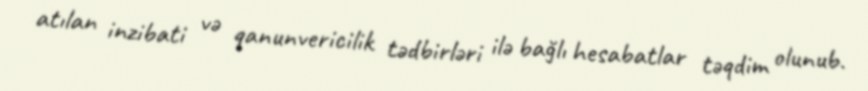
atılan inzibati və qanunvericilik tədbirləri ilə bağlı hesabatlar təqdim olunub.